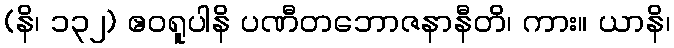
(နိ၊ ၁၃၂) ဧဝရူပါနိ ပဏီတဘောဇနာနီတိ၊ ကား။ ယာနိ၊